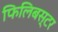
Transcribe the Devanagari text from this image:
फिलिबस्टर